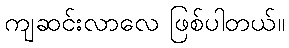
ကျဆင်းလာလေ ဖြစ်ပါတယ်။